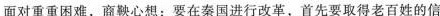
面对重重因难，商鞅心想：要在秦国进行改革，首先要取得老百姓的信